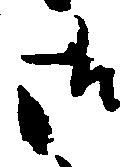
御